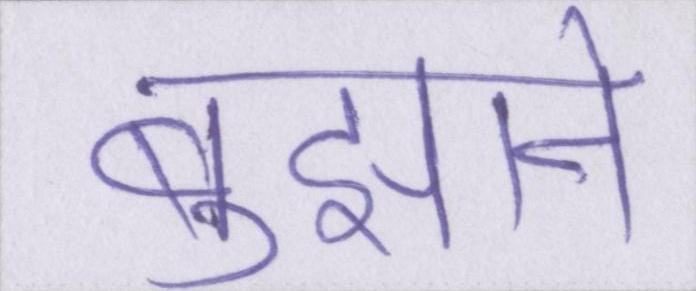
बुझाने